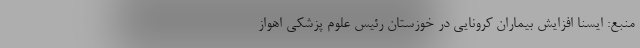
منبع: ایسنا افزایش بیماران کرونایی در خوزستان رئیس علوم پزشکی اهواز